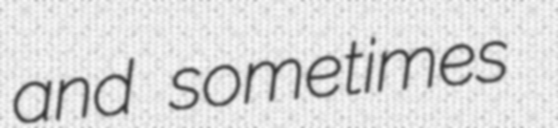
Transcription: and sometimes